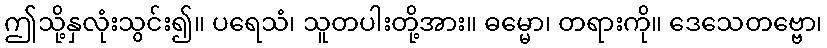
ဤသို့နှလုံးသွင်း၍။ ပရေသံ၊ သူတပါးတို့အား။ ဓမ္မော၊ တရားကို။ ဒေသေတဗ္ဗော၊